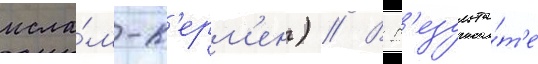
исла́м-к'ерм'ен) // В р'езульта́т'е